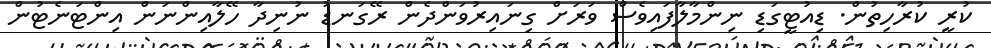
ކުރީ ކުރާހިތުން. ޑިއުޓީގަޑި ނިންމާލާފައިވެސް ވަރަށް ގިނައިރުވަންދެން ރޭގަނޑު ނުނިދާ ހޭލާއިންނަން އިންޓަނެޓުން